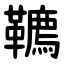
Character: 韀